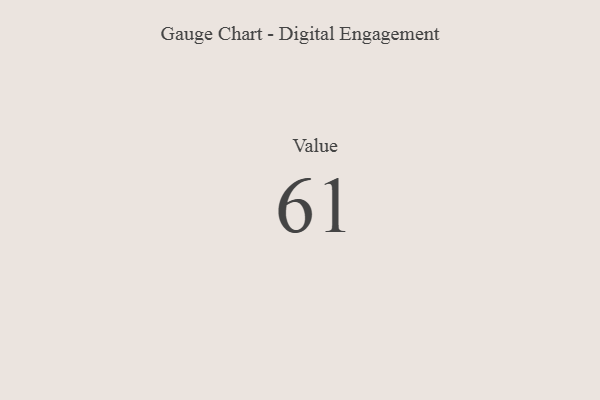
{"axis": {"x": "Metric", "y": "Value"}, "legend": [""], "data": [{"x": "Value", "y": 61, "type": ""}]}